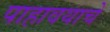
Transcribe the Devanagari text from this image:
पाहावयाचे